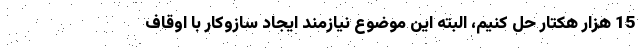
15 هزار هکتار حل کنیم، البته این موضوع نیازمند ایجاد سازوکار با اوقاف